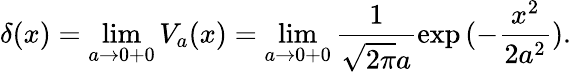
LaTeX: \delta(x)=\operatorname*{lim}_{a\to 0+0}V_{a}(x)=\operatorname*{lim}_{a\to 0+0}\frac{1}{\sqrt{2\pi}a}\exp{(-\frac{x^{2}}{2a^{2}})}.